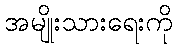
အမျိုးသားရေးကို